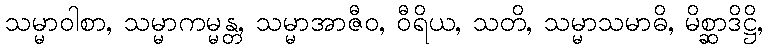
သမ္မာဝါစာ, သမ္မာကမ္မန္တ, သမ္မာအာဇီဝ, ဝီရိယ, သတိ, သမ္မာသမာဓိ, မိစ္ဆာဒိဋ္ဌိ,